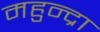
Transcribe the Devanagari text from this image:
महुन्द्रा